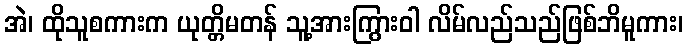
အဲ၊ ထိုသူစကားက ယုတ္တိမတန် သူ့အားကြွားဝါ လိမ်လည်သည်ဖြစ်ဘိမူကား၊